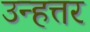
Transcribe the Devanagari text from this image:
उन्हत्तर